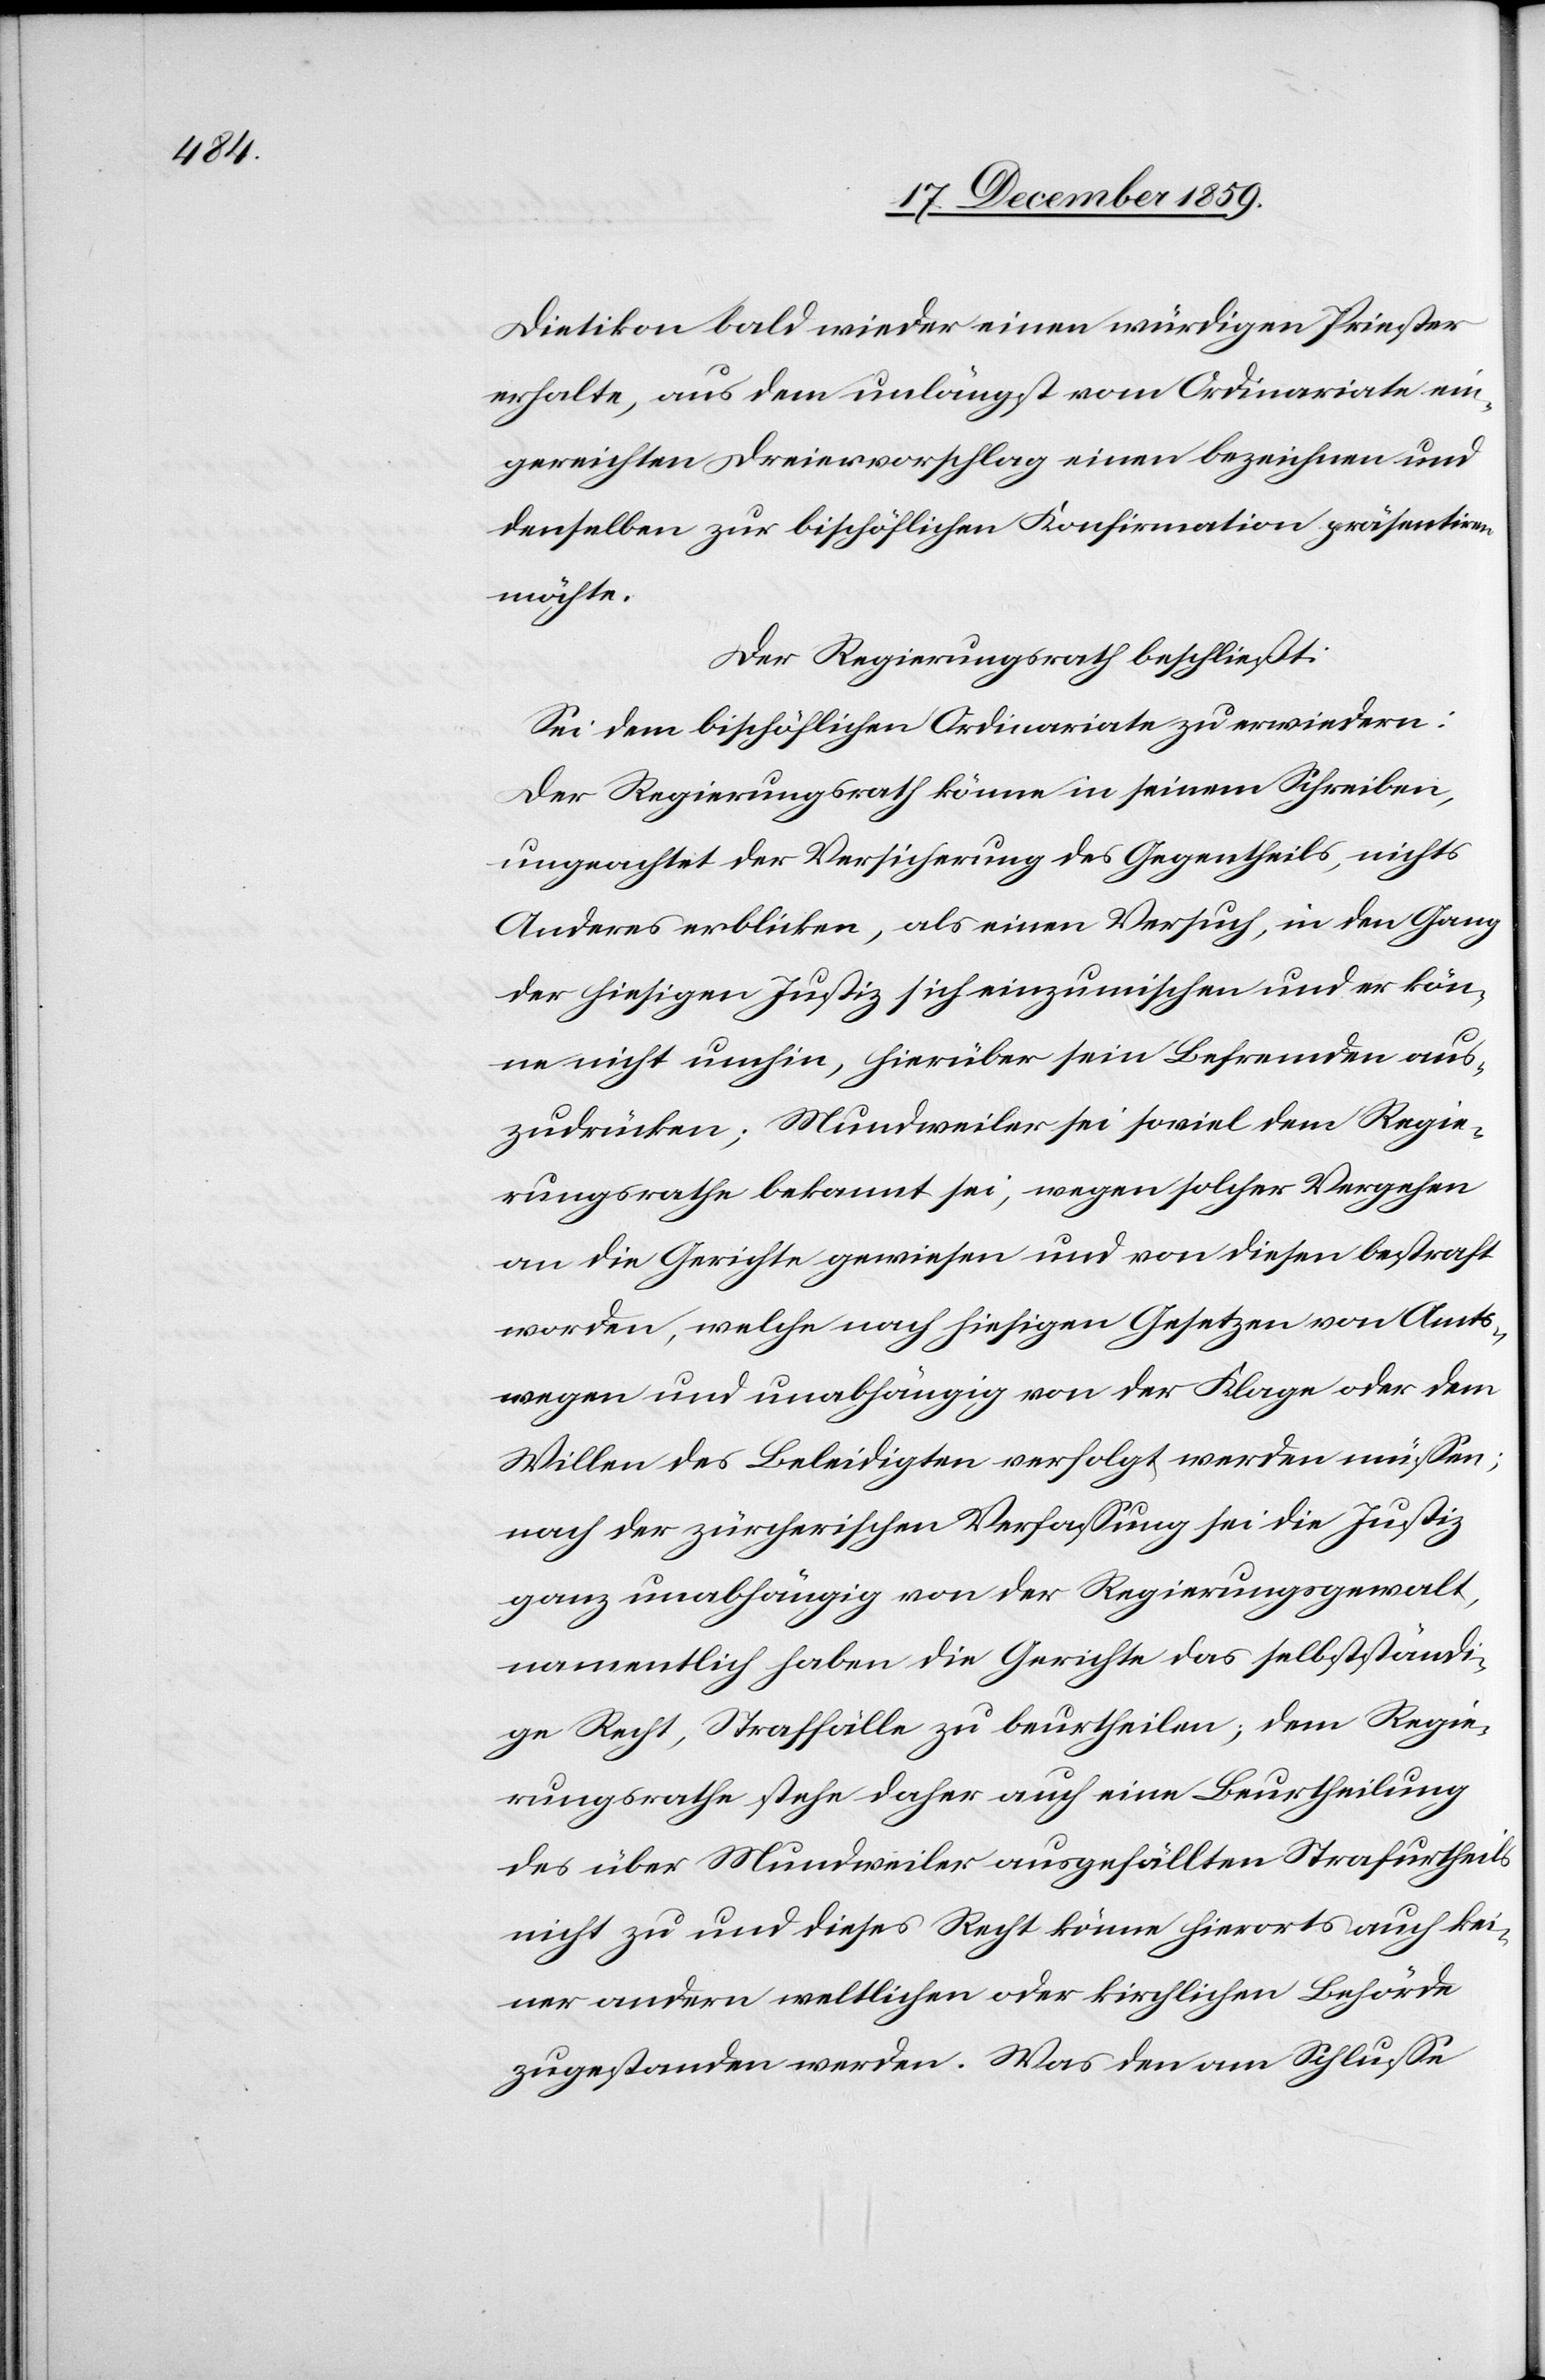
Dietikon bald wieder einen würdigen Priester
erhalte, aus dem unlängst vom Ordinariate ein¬
gereichten Dreiervorschlag einen bezeichnen und
denselben zur bischöflichen Konfirmation präsentiren
möchte.
Der Regierungsrath beschließt:
Sei dem bischöflichen Ordinariate zu erwiedern:
Der Regierungsrath könne in seinem Schreiben,
ungeachtet der Versicherung des Gegentheils, nichts
Anderes erblicken, als einen Versuch, in den Gang
der hiesigen Justiz sich einzumischen und er kön¬
ne nicht umhin, hierüber sein Befremden aus¬
zudrücken; Mundweiler sei soviel dem Regie¬
rungsrathe bekannt sei, wegen solcher Vergehen
an die Gerichte gewiesen und von diesen bestraft
worden, welche nach hiesigen Gesetzen von Amts¬
wegen und unabhängig von der Klage oder dem
Willen des Beleidigten verfolgt werden müssen;
nach der zürcherischen Verfassung sei die Justiz
ganz unabhängig von der Regierungsgewalt,
namentlich haben die Gerichte das selbstständi¬
ge Recht, Straffälle zu beurtheilen; dem Regie¬
rungsrathe stehe daher auch eine Beurtheilung
des über Mundweiler ausgefällten Strafurtheils
nicht zu und dieses Recht könne hierorts auch kei¬
ner anderen weltlichen oder kirchlichen Behörde
zugestanden werden. Was den am Schlusse